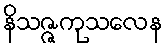
နိသဇ္ဇကုသလေန